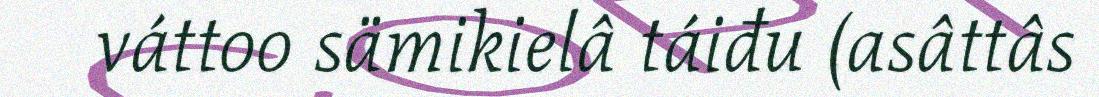
váttoo sämikielâ táiđu (asâttâs